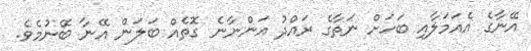
އޭނާގެ އެއަމަލާއި ބަހަށް ނަތާގެ ރައްދު އަންނާނެ ގޮތެއް ބަލަން އޭނާ ބޭނުމެވެ.